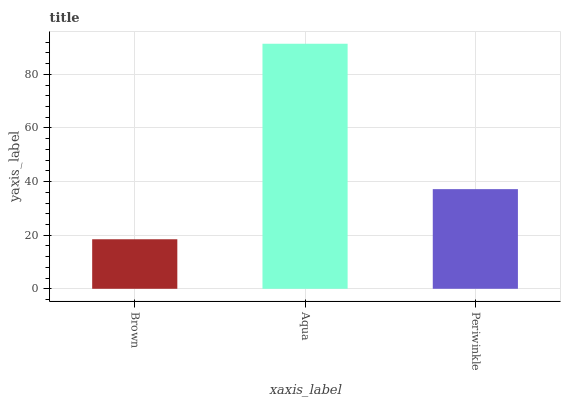
| xaxis_label | bars |
 | --- | --- |
 | Brown | 18.5 |
 | Aqua | 91.4 |
 | Periwinkle | 37.2 |